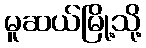
မူဆယ်မြို့သို့